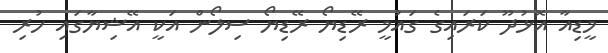
މީޑިއާ އޮޅުދޫ ކަރައިގެ ގައުމީ ރޭޑިޔޯ ރޭޑިޔޯ ސިލޯން އަކީ އޭޝިޔާގައި ހުރި